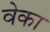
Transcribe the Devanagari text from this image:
वेका